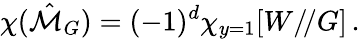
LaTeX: \chi(\hat{\cal M}_{G})=(-1)^{d}\chi_{y=1}[W/\! /G]\, .